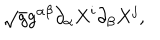
\sqrt { g } g ^ { \alpha \beta } \partial _ { \alpha } X ^ { i } \partial _ { \beta } X ^ { j } ,